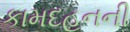
કામદહનની